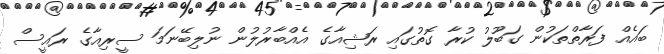
ބައެއް ފަރާތްތަކުން ގަބޫލު ކުރާ ގޮތުގައި ރަޝިއާގެ އެއްބާރުލުން ނުލިބޭނަމަ ސީރިއާގެ ރައީސް